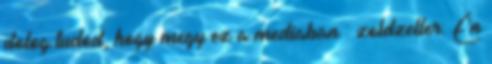
dolog.tudod, hogy megy ez a mediaban : zoldzeller: Én